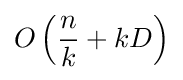
O\left({\frac {n}{k}}+kD\right)